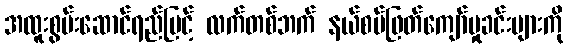
အထူးစွမ်းဆောင်ရည်မြင့် လက်တစ်ဘက် နယ်စပ်ဖြတ်ကျော်မှုခင်းများကို